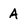
Character: A